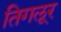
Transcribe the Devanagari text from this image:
तिगलूर